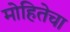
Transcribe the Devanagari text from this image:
मोहितेचा